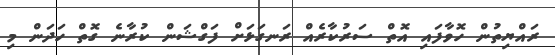
ރައްޔިތުން ހޮވާފައި އޮތް ސަރުކާރެއް ރަނގަޅަށް ފަގްޝަން ކުރާނެ ގޮތް ހަދަން މި